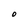
Character: O